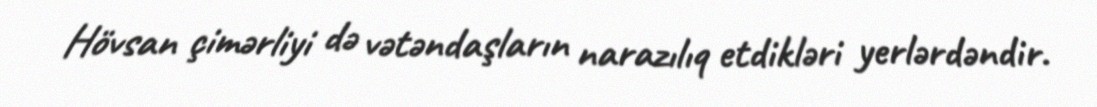
Hövsan çimərliyi də vətəndaşların narazılıq etdikləri yerlərdəndir.